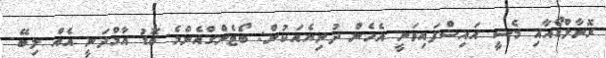
ރޮނާލްޑޯއާއި މެސީ އައިސްފައިވަނީ އެހެން ދުނިޔެއަކުން: ބޯޓެންގްއެންމެ ބޮޑު އާމްދަނީ އެއް ލިބޭ